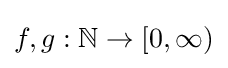
f,g:\mathbb {N} \to [0,\infty )